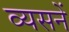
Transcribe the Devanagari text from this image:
व्यसनें